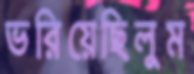
ভরিয়েছিলুম